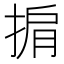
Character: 掮